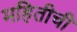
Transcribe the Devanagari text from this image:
महितीची